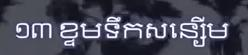
១៣ ខ្តមទឹកសន្សើម